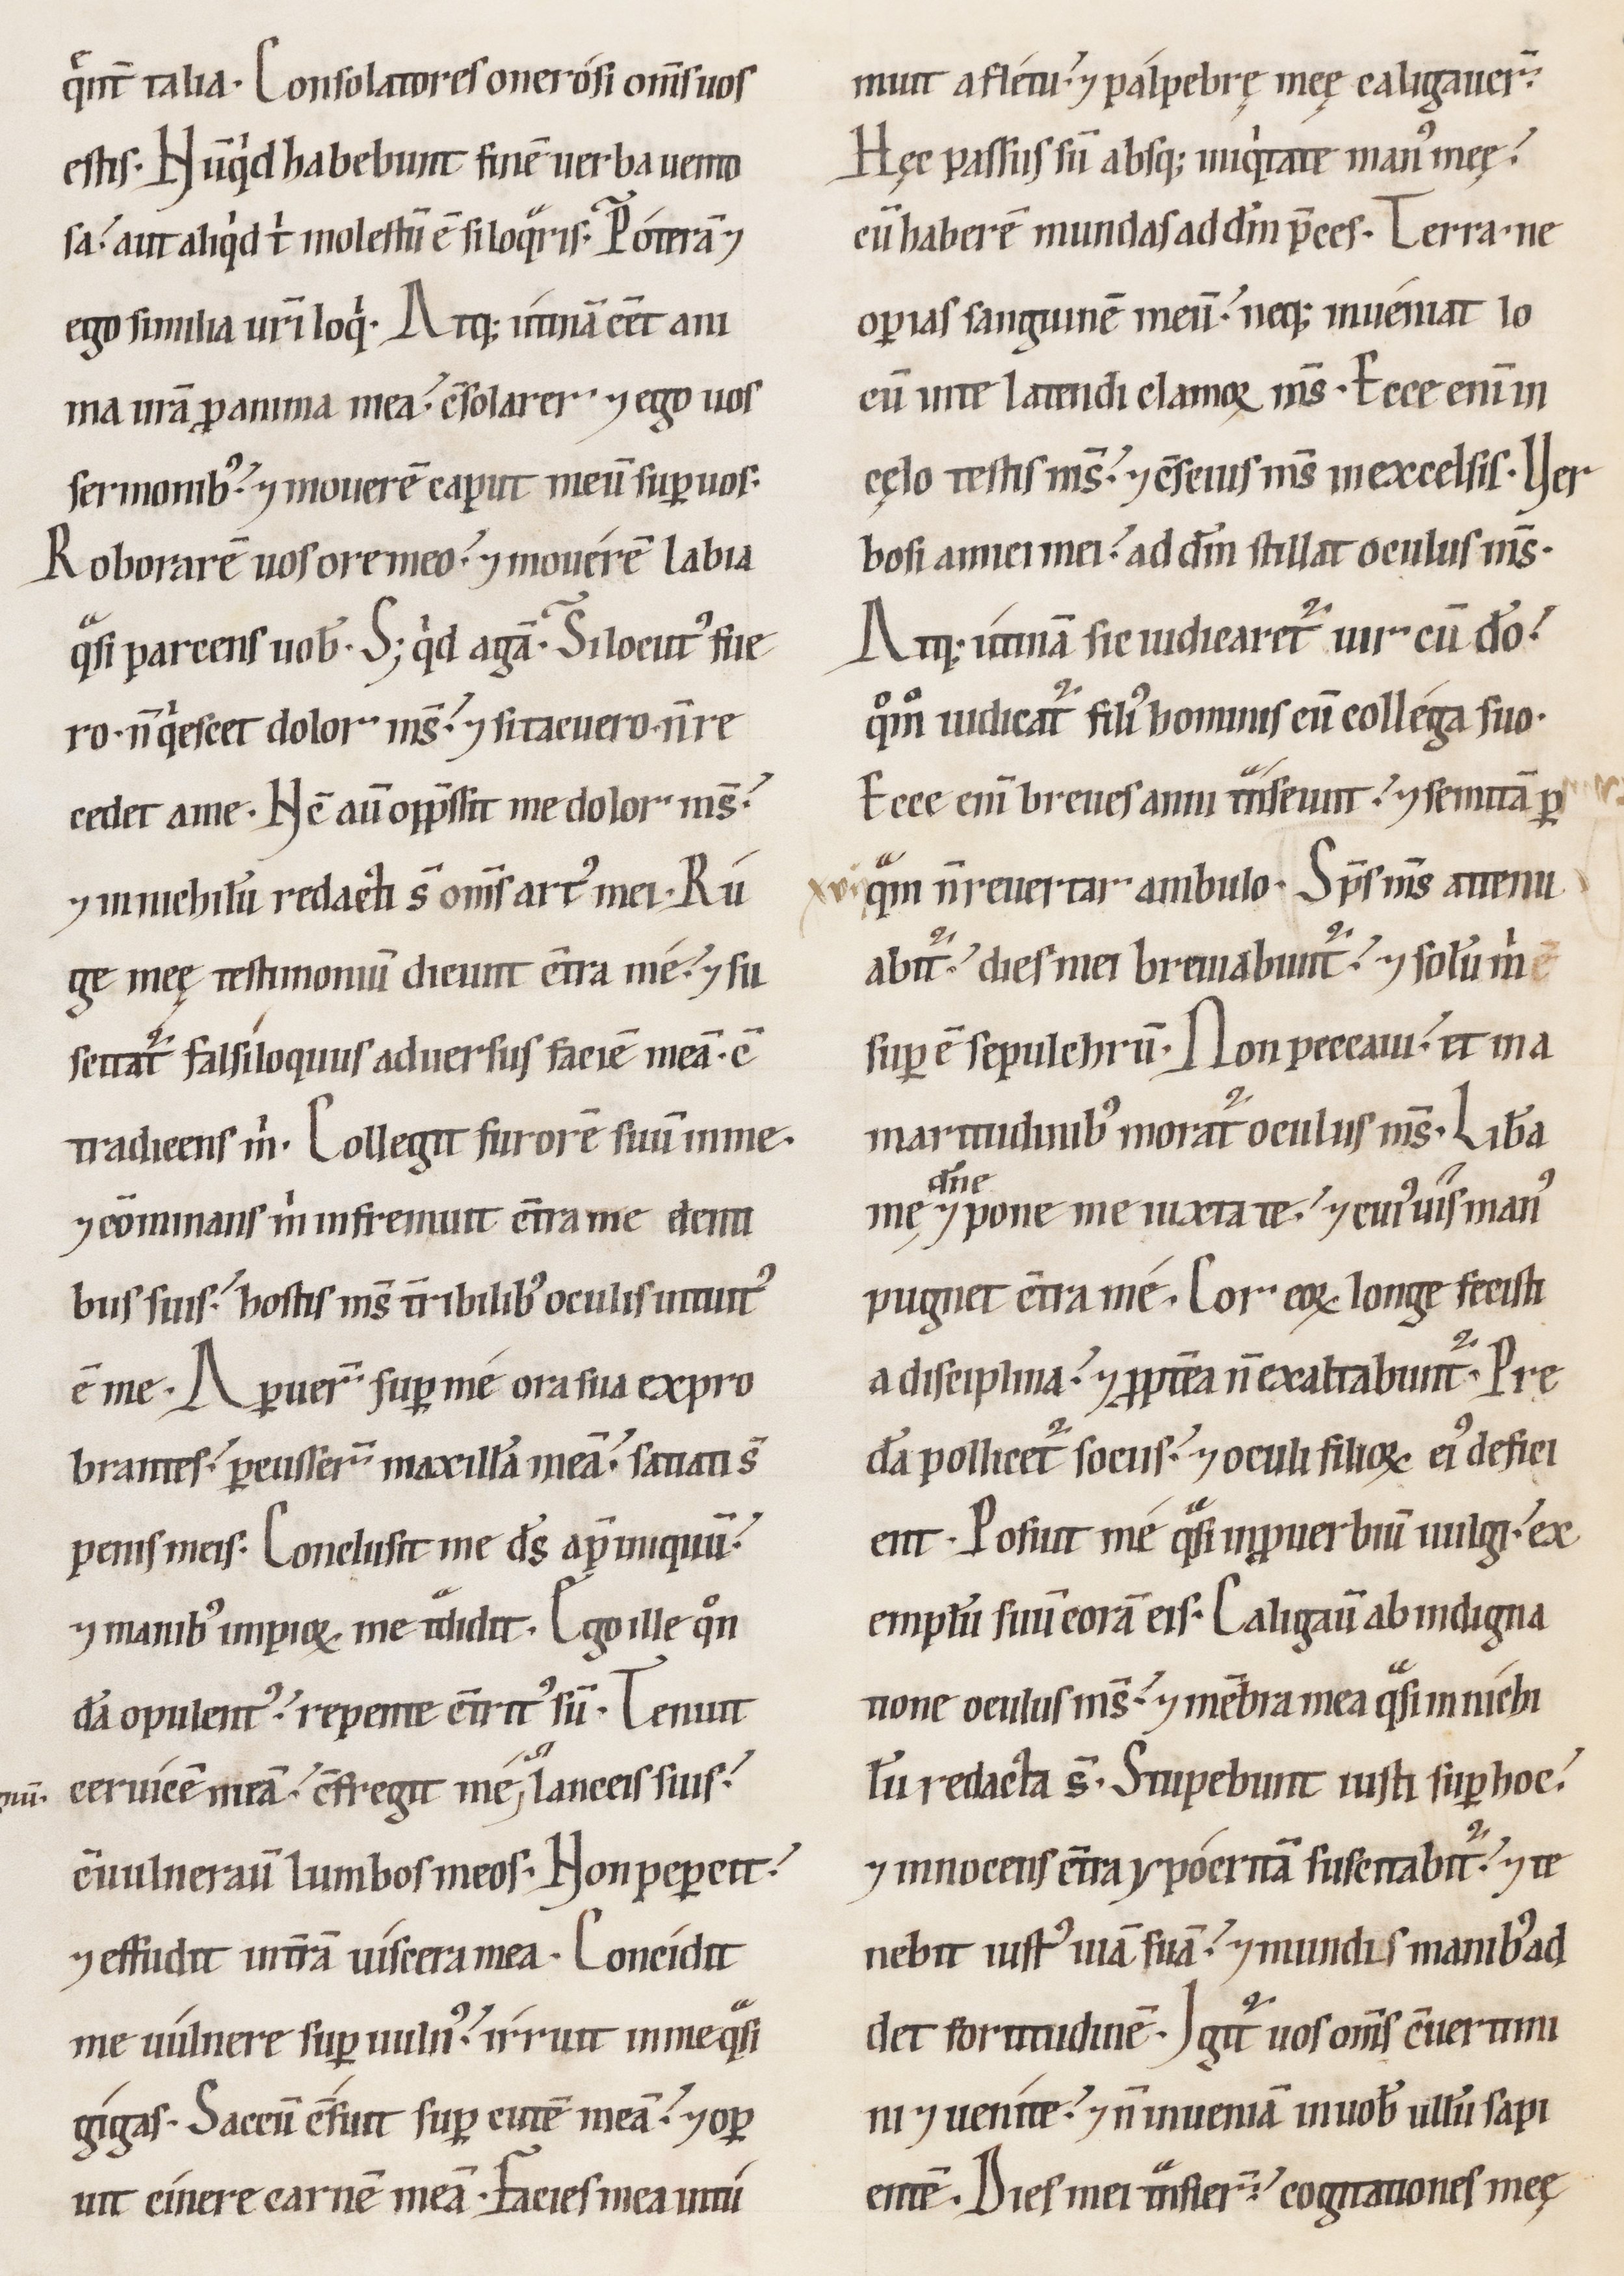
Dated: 1100–1199